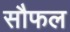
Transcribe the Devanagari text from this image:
सौफल